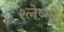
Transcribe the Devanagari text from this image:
श्लेष्मी